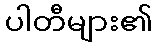
ပါတီများ၏